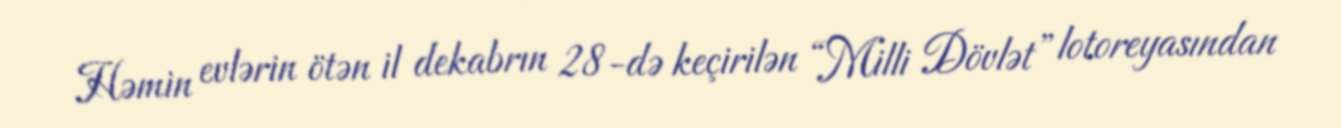
Həmin evlərin ötən il dekabrın 28-də keçirilən “Milli Dövlət” lotoreyasından